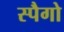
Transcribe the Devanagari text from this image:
स्पैगो